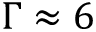
\Gamma \approx 6